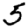
Digit: 5